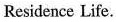
Residence Life.